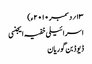
۱۳؍ دسمبر ۲۰۱۰ء)
اسرائیلی خفیہ ایجنسی
ڈیوڈ بن گوریان